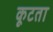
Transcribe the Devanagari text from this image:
कूटता